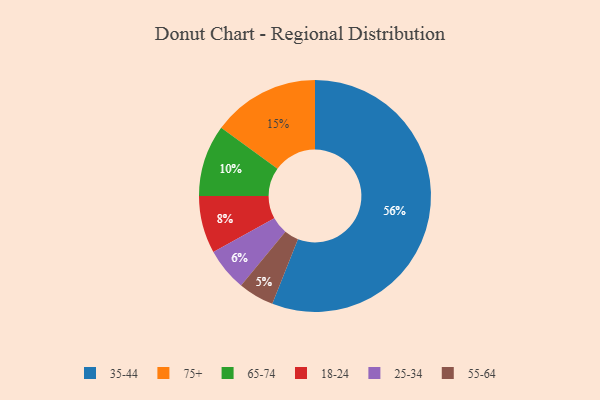
{"axis": {"x": "Category", "y": "Percentage"}, "legend": ["18-24", "25-34", "35-44", "55-64", "65-74", "75+"], "data": [{"x": "55-64", "y": 5, "type": "55-64"}, {"x": "65-74", "y": 10, "type": "65-74"}, {"x": "75+", "y": 15, "type": "75+"}, {"x": "35-44", "y": 56, "type": "35-44"}, {"x": "25-34", "y": 6, "type": "25-34"}, {"x": "18-24", "y": 8, "type": "18-24"}]}